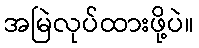
အမြဲလုပ်ထားဖို့ပဲ။